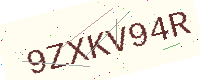
Text: 9ZXKV94R